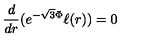
\frac { d } { d r } ( e ^ { - \sqrt { 3 } \Phi } \ell ( r ) ) = 0